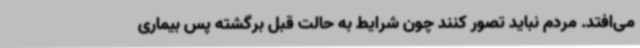
می‌افتد. مردم نباید تصور کنند چون شرایط به حالت قبل برگشته پس بیماری